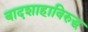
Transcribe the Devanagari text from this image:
बादशाहाविरुद्ध